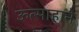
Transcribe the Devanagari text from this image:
ऊत्साहाने